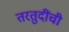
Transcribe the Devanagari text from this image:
तरतुदींची